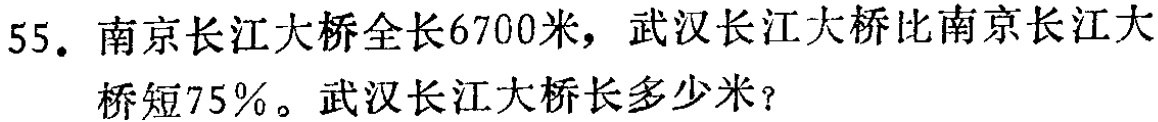
55. 南京长江大桥全长6700米，武汉长江大桥比南京长江大桥短75%。武汉长江大桥长多少米？